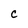
Character: C